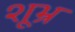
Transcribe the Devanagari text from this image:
शूभ्र